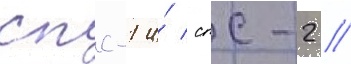
спс-1 и́ спс-2 //